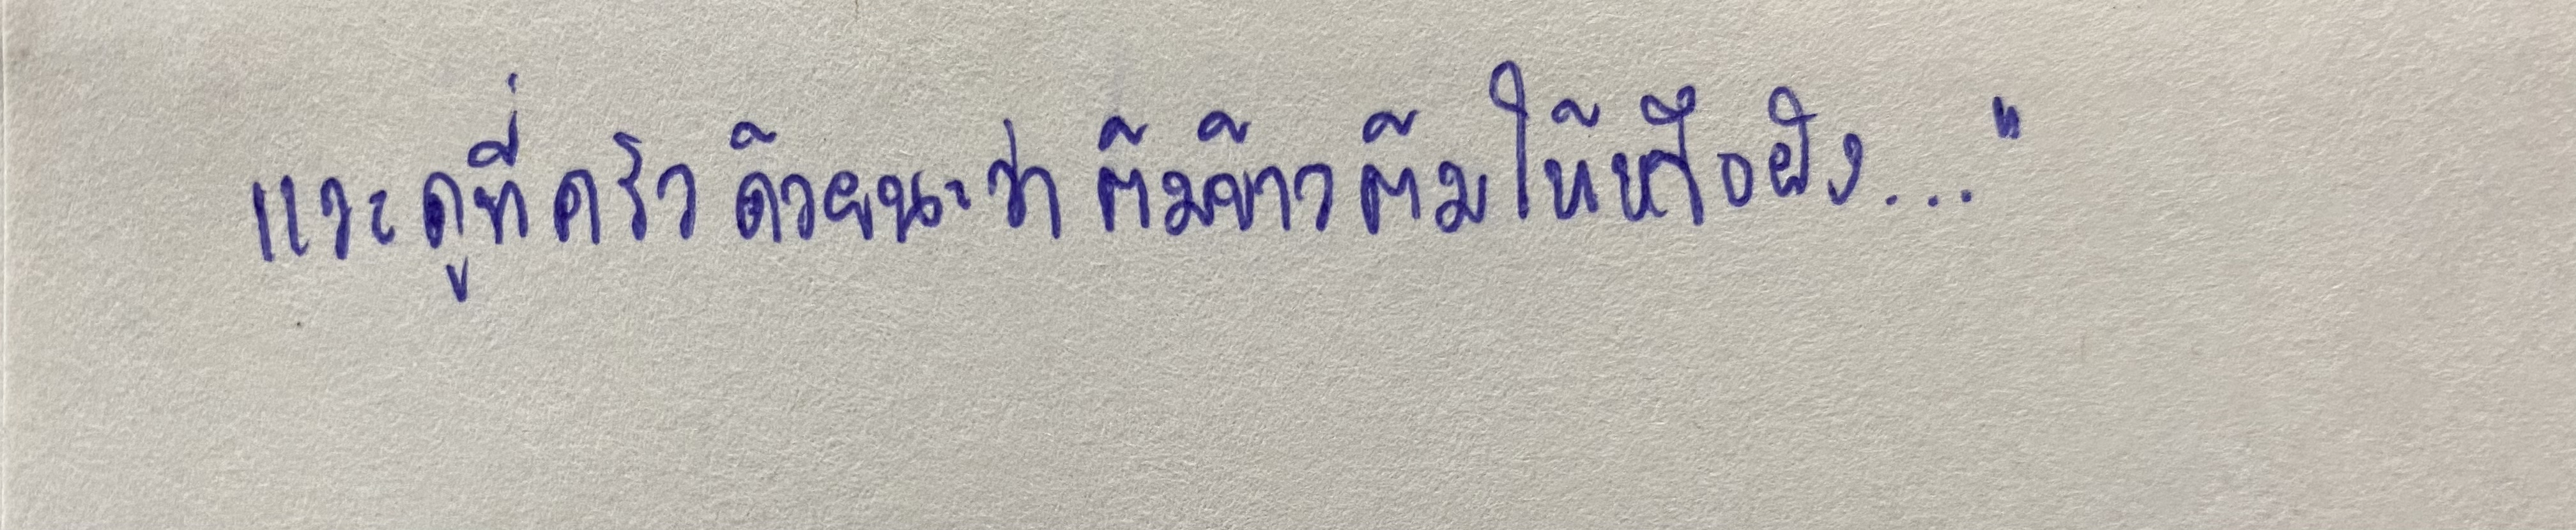
แวะดูที่ครัวด้วยนะว่าต้มข้าวต้มให้หรือยัง...."